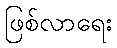
ဖြစ်လာရေး